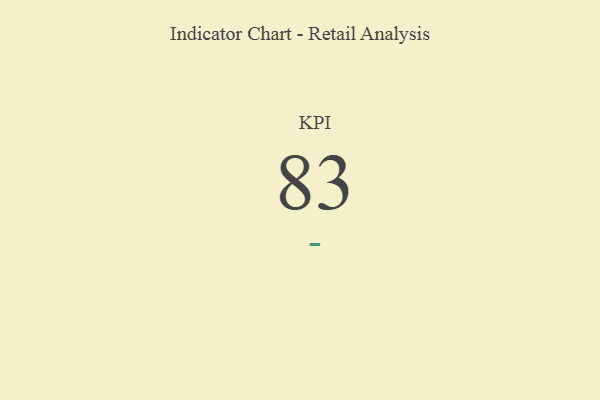
{"axis": {"x": "KPI", "y": "Value"}, "legend": [""], "data": [{"x": "KPI", "y": 83, "type": ""}]}